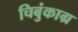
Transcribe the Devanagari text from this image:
चिबुंकाग्र